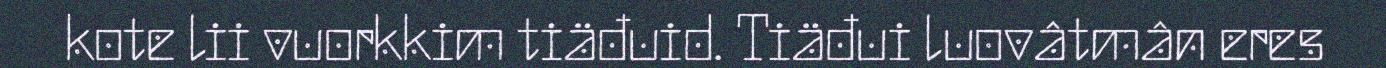
kote lii vuorkkim tiäđuid. Tiäđui luovâtmân eres